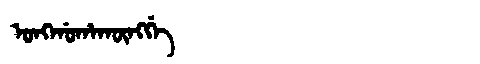
Manchu: ᠣᠩᡤᠣᡥᠠᡴᡡᠩᡤᡝ
Romanization: ONGGOHAKŪNGGE